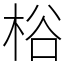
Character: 㭲